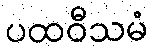
ပထဝီသမံ